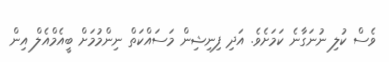
ވެސް ކުލި ނުނަގާނެ ކަމަށެވެ. އަދި ފިނިޝިން މަސައްކަތް ނިންމުމަށް ބީއެމްއެލް އިން